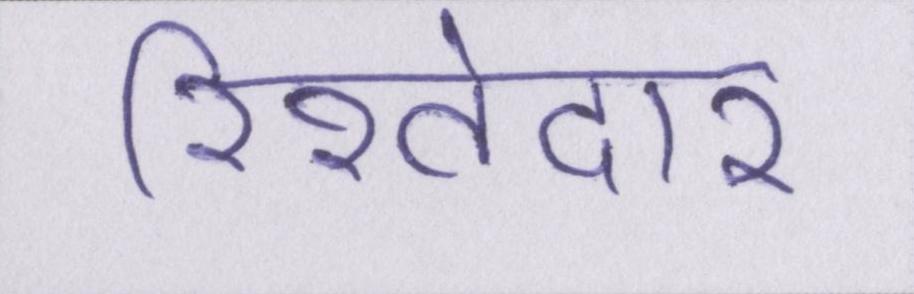
रिश्तेदार